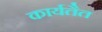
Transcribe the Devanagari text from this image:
कार्यतैत